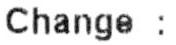
CHANGE :